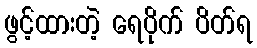
ဖွင့်ထားတဲ့ ရေပိုက် ပိတ်ရ